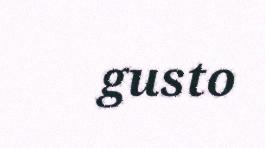
gusto